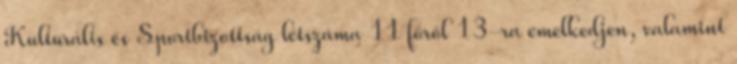
Kulturális és Sportbizottság létszáma 11 főről 13-ra emelkedjen, valamint